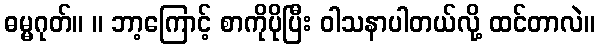
ဓမ္မဂုတ်။ ။ ဘာ့ကြောင့် စာကိုပိုပြီး ဝါသနာပါတယ်လို့ ထင်တာလဲ။